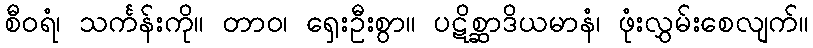
စီဝရံ၊ သင်္ကန်းကို။ တာဝ၊ ရှေးဦးစွာ။ ပဋိစ္ဆာဒိယမာနံ၊ ဖုံးလွှမ်းစေလျက်။